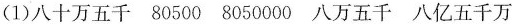
(1)八十万五千 80500 8050000 八万五千 八亿五千万